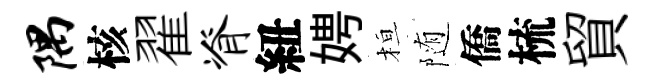
隅核翟脊紐娉桓随僑梳貿